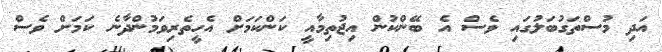
އަދި މުސްތަގުބަލުގައި ވެސް އެ ބޭންކުން އިޖުތިމާއީ ކަންކަމަށް އެހީތެރިވަމުންދާނެ ކަމަށް ވެސް